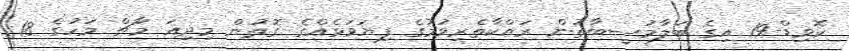
ކޮވިޑް-19 އިގެ ބަލާމުސީބާތުން ރައްކާތެރިވުމުގެ ފިޔަވަޅެއްގެ ގޮތުން މިދިއަ މާޗް މަހުގެ 18